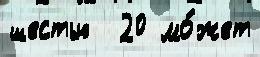
шестью  20 мо́жет